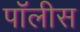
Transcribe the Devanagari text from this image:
पॉलीस